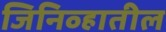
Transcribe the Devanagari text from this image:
जिनिव्हातील